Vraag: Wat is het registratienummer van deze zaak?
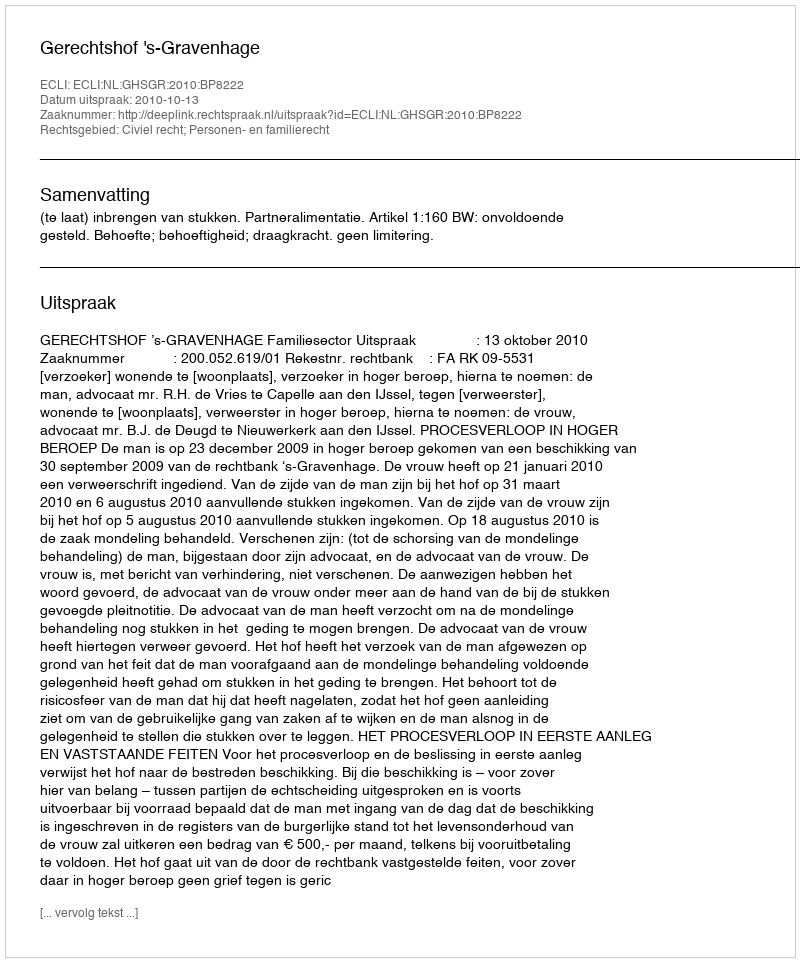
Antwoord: http://deeplink.rechtspraak.nl/uitspraak?id=ECLI:NL:GHSGR:2010:BP8222